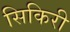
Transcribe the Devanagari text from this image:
सिकिरी